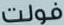
فولت